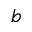
b